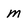
Character: m